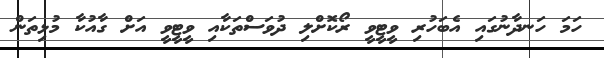
ހަމަ ހަނދާނުގައި އެބަހުރި ވީޓީވީ ރޯކޮށްލި ދުވަސްތަކާއި ވީޓީވީ އަށް ގާއުކާ މުޅިތަން